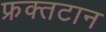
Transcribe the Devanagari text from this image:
फ्रक्तटान